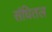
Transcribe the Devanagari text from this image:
संधितल